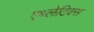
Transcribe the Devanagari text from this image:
एथ्लेटिक्स